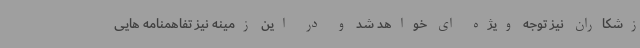
زشکاران نیز توجه ویژه ای خواهد شد و در این زمینه نیز تفاهمنامه هایی